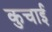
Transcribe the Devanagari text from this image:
कुचार्इ